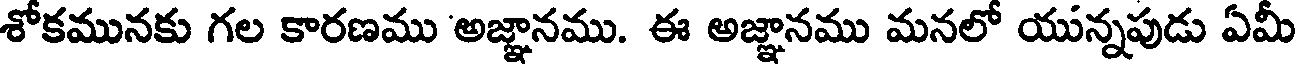
శోకమునకు గల కారణము అజ్ఞానము. ఈ అజ్ఞానము మనలో యున్నపుడు ఏమీ